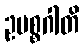
ဥပစ္စဂါတိ